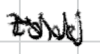
Text: Zone
Cross-out: zig-zag
Writing tool: digital_black